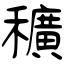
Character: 穬